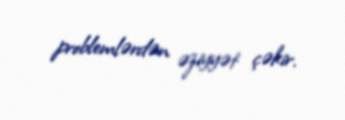
problemlərdən əziyyət çəkir.